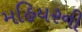
મહિયરની